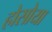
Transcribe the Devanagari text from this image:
होसोया